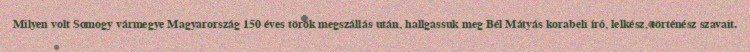
Milyen volt Somogy vármegye Magyarország 150 éves török megszállás után, hallgassuk meg Bél Mátyás korabeli író, lelkész, történész szavait.